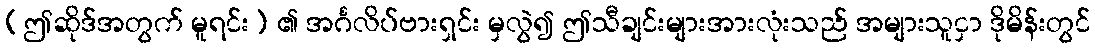
(ဤဆိုဒ်အတွက် မူရင်း) ၏ အင်္ဂလိပ်ဗားရှင်း မှလွဲ၍ ဤသီချင်းများအားလုံးသည် အများသူငှာ ဒိုမိန်းတွင်